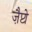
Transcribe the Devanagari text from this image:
ज़ैप्टो